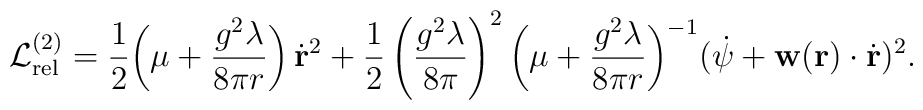
{\cal L}_{{\rm rel}}^{(2)} = \frac{1}{2} \biggl( \mu + \frac{g^2\lambda}{8\pi r}\biggr)\,\dot{{\bf r}}^2+ \frac{1}{2} \left(\frac{g^2\lambda}{8\pi}\right)^2 \biggl( \mu+ \frac{g^2\lambda}{8\pi r}\biggr)^{-1} (\dot{\psi} + {\bf w}({\bf r})\cdot \dot{{\bf r}}) ^2 .